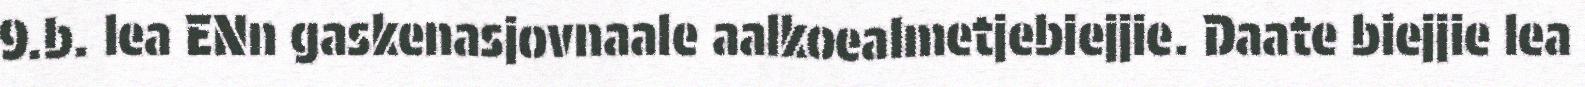
9.b. lea ENn gaskenasjovnaale aalkoealmetjebiejjie. Daate biejjie lea